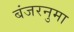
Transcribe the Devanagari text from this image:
बंजरनुमा